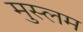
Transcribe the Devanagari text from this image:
मुस्लम